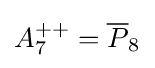
A_{7}^{++}={\overline {P}}_{8}